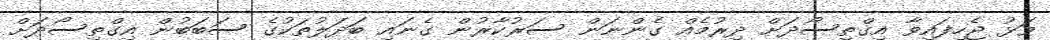
ވަޅު ޖެހިފައިވާ އިގްތިސޯދަށް ދިރުމެއް ގެންނަން ސަރުކާރުން ގެނައި ބަދަލުތަކުގެ ސަބަބުން އިގްތިސޯދަށް